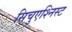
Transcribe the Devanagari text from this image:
सिचुएश्निस्ट